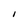
Character: I